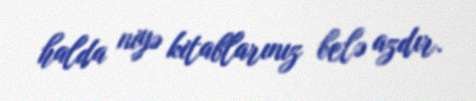
halda niyə kitablarınız belə azdır.